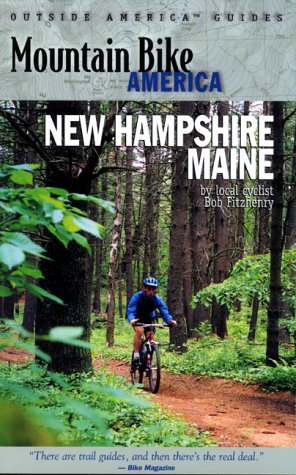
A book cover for Mountain Bike America: New Hampshire/Maine: An Atlas of New Hampshire and Souther Maine's Greatest Off-Road Bicycle Rides (Mountain Bike America Guides); Bob Fitzhenry; Travel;